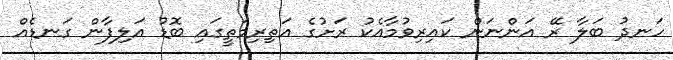
ހަނދު ބަލާ ރޭ އަންނަން ކައިރިވުމާއެކު ރަށުގެ އަތިރިމަތީގައި ބޮޑު އަލިފާން ގަނޑެއް